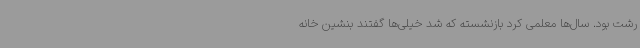
رشت بود. سال‌ها معلمی کرد بازنشسته که شد خیلی‌ها گفتند بنشین خانه